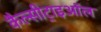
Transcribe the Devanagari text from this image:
कैल्सीट्राइऑल